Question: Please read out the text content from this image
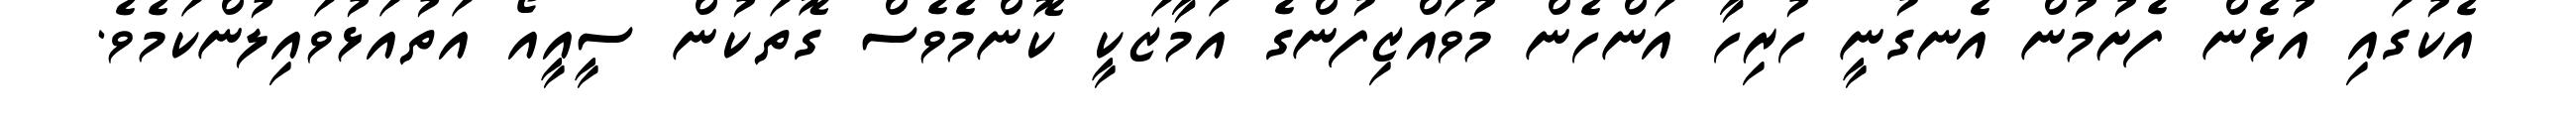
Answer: އެކުގައި އުޅެން ފެށުމުން އެނގުނީ ހުރިހާ އަންހެން މުވައްޒިފުންގެ އަމާޒަކީ ކޮންމެވެސް ގޮތަކުން ސީއީއޯ އަތުއަޅުވައިލުންކަމެވެ.